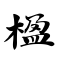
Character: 楹